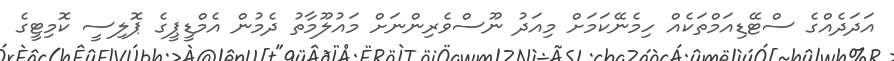
އަދަދެއްގެ ސްޓޭޑިއަމްތަކެއް ހިމެނޭކަމަށް މިއަދު ނޫސްވެރިންނަށް މައުލޫމާތު ދެމުން އެމްޑީޕީގެ ޕޮލިސީ ކޮމިޓީގެ